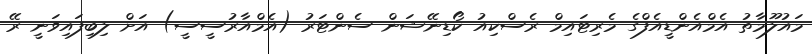
މައުލޫމާތު އެމްއެންޑީއެފްގެ މެރިޓައިމް ރެސްކިއު ކޯޑިނޭޝަން ސެންޓަރު (އެމްއާރުސީސީ) އަށް ލިބިފައިވަނީ ރޭ